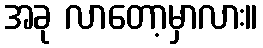
အခု လာတော့မှာလား။